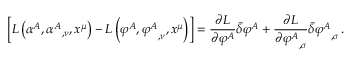
\left[ L \left( \alpha ^ { A } , { \alpha ^ { A } } _ { , \nu } , x ^ { \mu } \right) - L \left( \varphi ^ { A } , { \varphi ^ { A } } _ { , \nu } , x ^ { \mu } \right) \right] = { \frac { \partial L } { \partial \varphi ^ { A } } } { \bar { \delta } } \varphi ^ { A } + { \frac { \partial L } { \partial { \varphi ^ { A } } _ { , \sigma } } } { \bar { \delta } } { \varphi ^ { A } } _ { , \sigma } \, .